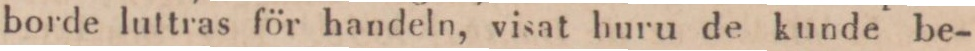
borde luttras för handeln, visat huru de kunde be-